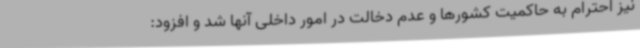
نیز احترام به حاکمیت کشورها و عدم دخالت در امور داخلی آنها شد و افزود: